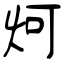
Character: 炣